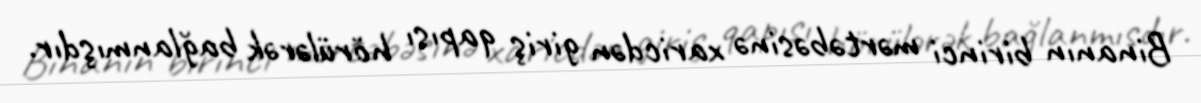
Binanın birinci mərtəbəsinə xaricdən giriş qapısı hörülərək bağlanmışdır.